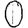
Digit: 0